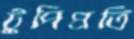
টুপিপ্রতি